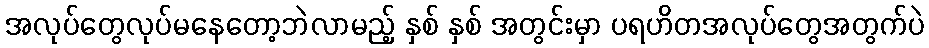
အလုပ်တွေလုပ်မနေတော့ဘဲလာမည့် နှစ် နှစ် အတွင်းမှာ ပရဟိတအလုပ်တွေအတွက်ပဲ